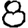
Digit: 8